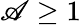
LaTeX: \mathscr{A}\geq1